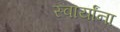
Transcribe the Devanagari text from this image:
स्वार्यांना